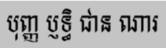
បុញ្ញ ប្ញទ្ធិ ជាន ណារ